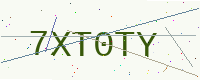
Text: 7XT0TY